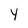
Character: y